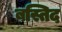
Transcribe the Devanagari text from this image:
बस्तिद